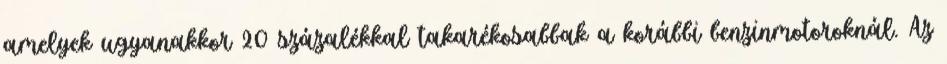
amelyek ugyanakkor 20 százalékkal takarékosabbak a korábbi benzinmotoroknál. Az